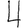
Digit: 4